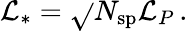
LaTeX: \mathcal{L}_{*}=\sqrt{}{{N_{\mathrm{{sp}}}}}\mathcal{L}_{P}\, .